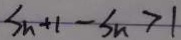
S _ { n + 1 } - S _ { n } > 1